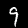
Digit: 9